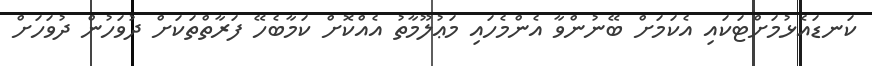
ކަނޑައެޅުމަށްޓަކައި އެކަމަށް ބޭނުންވާ އެންމެހައި މަޢުލޫމާތު އެއްކޮށް ކަމާބެހޭ ފަރާތްތަކަށް ދުވަހުން ދުވަހަށް